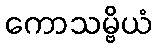
ကောသမ္ဗိယံ